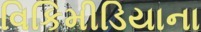
વિકિમીડિયાના